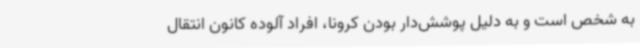
به شخص است و به دلیل پوشش‌دار بودن کرونا، افراد آلوده کانون انتقال